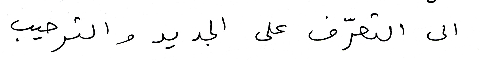
الى التعرّف على الجديد والترحيب